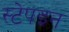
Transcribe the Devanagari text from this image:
स्टेपइन